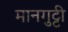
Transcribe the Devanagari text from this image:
मानगुट्टी